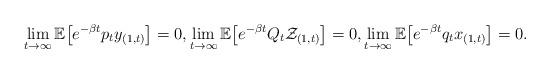
LaTeX: \begin{align*}\lim_{t\rightarrow\infty}\mathbb{E}\big[e^{-\beta t}p_ty_{(1,t)}\big]=0,\lim_{t\rightarrow\infty}\mathbb{E}\big[e^{-\beta t}Q_t\mathcal{Z}_{(1,t)}\big]=0,\lim_{t\rightarrow\infty}\mathbb{E}\big[e^{-\beta t}q_tx_{(1,t)}\big]=0.\end{align*}